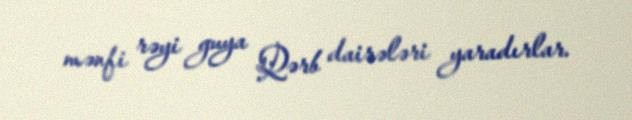
mənfi rəyi guya Qərb dairələri yaradırlar.